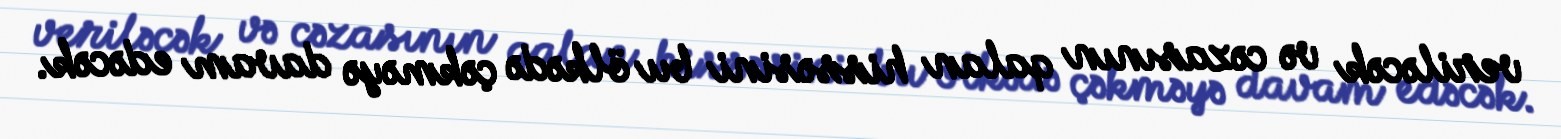
veriləcək və cəzasının qalan hissəsini bu ölkədə çəkməyə davam edəcək.